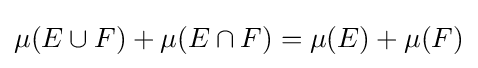
\mu (E\cup F)+\mu (E\cap F)=\mu (E)+\mu (F)